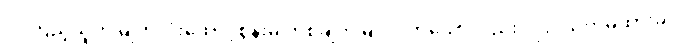
လကြည့်သူကို မျက်လုံးထောင့်စွန်းမှ တစ်ချက်မြင်လိုက်သော်လည်း လုံးဝသတိမထားခဲ့။